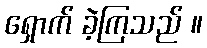
ရှောက် ခဲ့ကြသည် ။